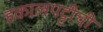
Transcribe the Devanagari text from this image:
हकालपट्टीची